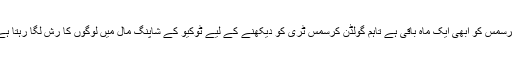
کرسمس کو ابھی ایک ماہ باقی ہے تاہم گولڈن کرسمس ٹری کو دیکھنے کے لیے ٹوکیو کے شاپنگ مال میں لوگوں کا رش لگا رہتا ہے۔